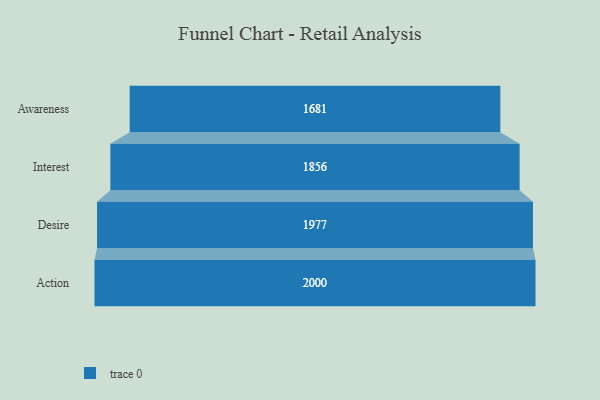
{"axis": {"x": "Stage", "y": "Value"}, "legend": [""], "data": [{"x": "Awareness", "y": 1681.0, "type": ""}, {"x": "Interest", "y": 1856.0, "type": ""}, {"x": "Desire", "y": 1977.0, "type": ""}, {"x": "Action", "y": 2000, "type": ""}]}